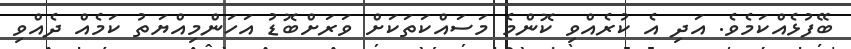
ބޭފުޅެއްކަމެވެ. އަދި އެ ކުރެއްވި ކޮންމެ މަސައްކަތަކަށް ވަރަށްބޮޑު އަހަންމިއްޔަތު ކަމެއް ދެއްވި